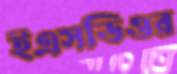
ইএসডিওর